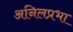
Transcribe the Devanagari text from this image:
अनिलप्रभा